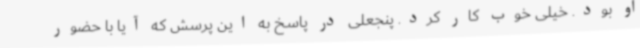
او بود. خیلی خوب کار کرد. پنجعلی در پاسخ به این پرسش که آیا با حضور